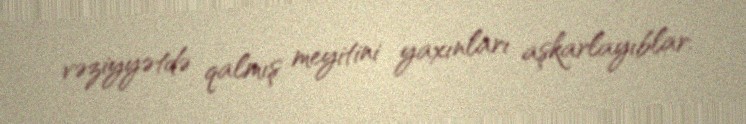
vəziyyətdə qalmış meyitini yaxınları aşkarlayıblar.